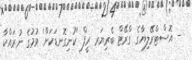
- އޮސްޓްރޭލިޔާގެ ގްރޭޓް ބެރިޔަރ ރީފް 'ކުނިގޮނޑަކަށް' ވުމުގެ ނުރައްކާ